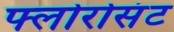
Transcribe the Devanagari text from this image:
फ्लोरोसंट